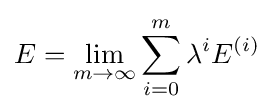
E=\lim _{m\to \infty }\sum _{i=0}^{m}\lambda ^{i}E^{(i)}